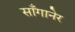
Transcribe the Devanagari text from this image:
साँगानेर